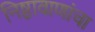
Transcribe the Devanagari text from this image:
निष्ठावाणांचा